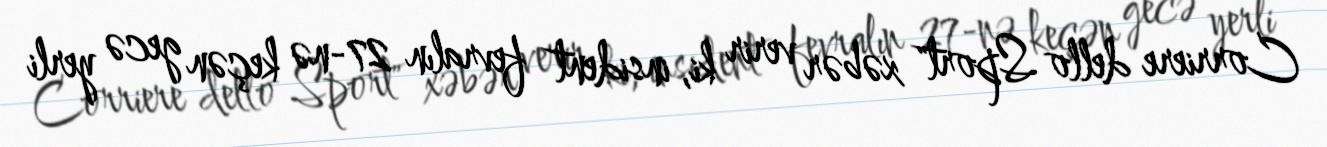
Corriere dello Sport" xəbər verir ki, insident fevralın 27-nə keçən gecə yerli